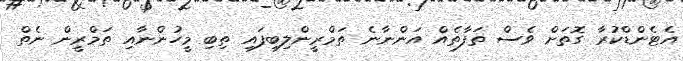
އެޓެންޑްކުރާ ގޮތަށް ވެސް ތަފާތެއް އަންނާނެ ތަމްރީންލިބިފައި ތިބި މީހުންނާއި ތަމްރީން ނެތް